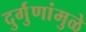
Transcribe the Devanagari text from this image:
दुर्गुणांमुळे